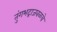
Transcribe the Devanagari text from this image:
तुंगभद्राजवळचे